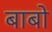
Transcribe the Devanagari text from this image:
बाबो